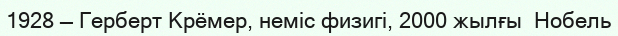
1928 — Герберт Крёмер, неміс физигі, 2000 жылғы  Нобель